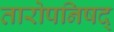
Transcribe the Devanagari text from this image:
तारोपनिषद्